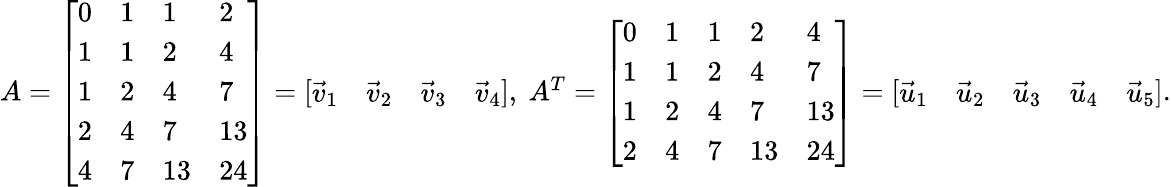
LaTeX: \begin{array}{r}{A=\left[\begin{array}{llll}{0}&{1}&{1}&{2}\\ {1}&{1}&{2}&{4}\\ {1}&{2}&{4}&{7}\\ {2}&{4}&{7}&{13}\\ {4}&{7}&{13}&{24}\end{array}\right]=\left[\begin{array}{llll}{\vec{v}_{1}}&{\vec{v}_{2}}&{\vec{v}_{3}}&{\vec{v}_{4}}\end{array}\right],\ A^{T}=\left[\begin{array}{lllll}{0}&{1}&{1}&{2}&{4}\\ {1}&{1}&{2}&{4}&{7}\\ {1}&{2}&{4}&{7}&{13}\\ {2}&{4}&{7}&{13}&{24}\end{array}\right]=\left[\begin{array}{lllll}{\vec{u}_{1}}&{\vec{u}_{2}}&{\vec{u}_{3}}&{\vec{u}_{4}}&{\vec{u}_{5}}\end{array}\right].}\end{array}